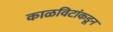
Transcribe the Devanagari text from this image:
काळविटांकडून